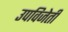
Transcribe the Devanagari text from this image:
उपविजेती